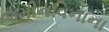
જમીનવિનાના